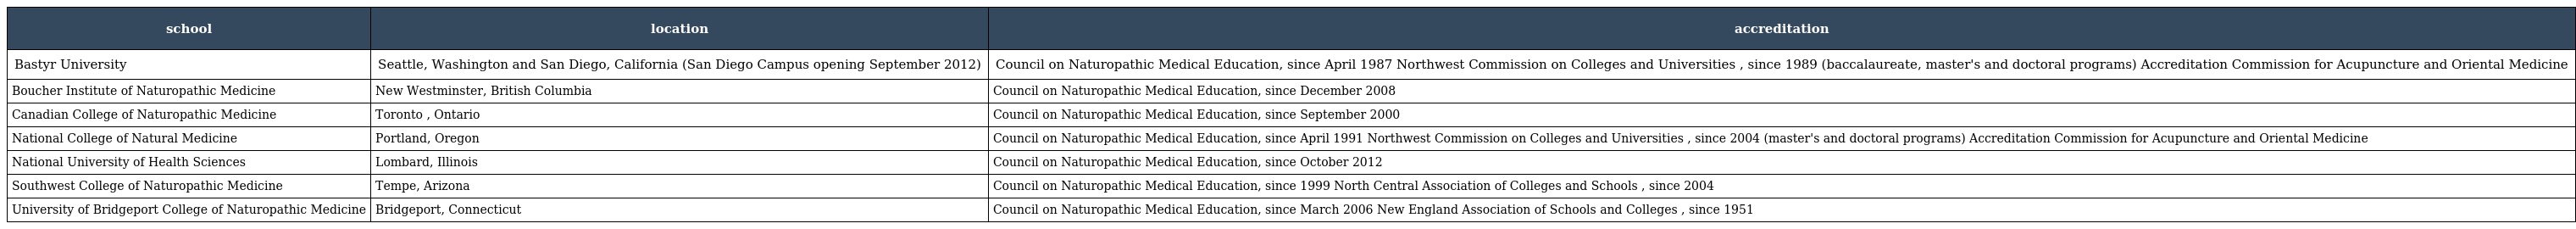
| school | location | accreditation |
 | --- | --- | --- |
 | Bastyr University | Seattle, Washington and San Diego, California (San Diego Campus opening September 2012) | Council on Naturopathic Medical Education, since April 1987 Northwest Commission on Colleges and Universities , since 1989 (baccalaureate, master's and doctoral programs) Accreditation Commission for Acupuncture and Oriental Medicine |
 | Boucher Institute of Naturopathic Medicine | New Westminster, British Columbia | Council on Naturopathic Medical Education, since December 2008 |
 | Canadian College of Naturopathic Medicine | Toronto , Ontario | Council on Naturopathic Medical Education, since September 2000 |
 | National College of Natural Medicine | Portland, Oregon | Council on Naturopathic Medical Education, since April 1991 Northwest Commission on Colleges and Universities , since 2004 (master's and doctoral programs) Accreditation Commission for Acupuncture and Oriental Medicine |
 | National University of Health Sciences | Lombard, Illinois | Council on Naturopathic Medical Education, since October 2012 |
 | Southwest College of Naturopathic Medicine | Tempe, Arizona | Council on Naturopathic Medical Education, since 1999 North Central Association of Colleges and Schools , since 2004 |
 | University of Bridgeport College of Naturopathic Medicine | Bridgeport, Connecticut | Council on Naturopathic Medical Education, since March 2006 New England Association of Schools and Colleges , since 1951 |